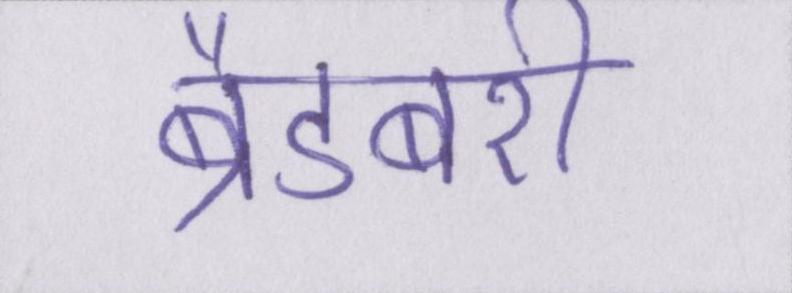
ब्रैडबरी